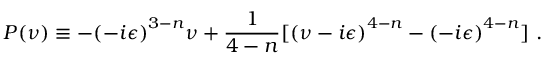
P ( \nu ) \equiv - { ( - i \epsilon ) } ^ { 3 - n } \nu + \frac { 1 } { 4 - n } [ { ( \nu - i \epsilon ) } ^ { 4 - n } - { ( - i \epsilon ) } ^ { 4 - n } ] \, \, .